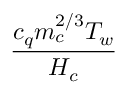
\frac { c _ { q } m _ { c } ^ { 2 / 3 } T _ { w } } { H _ { c } }